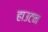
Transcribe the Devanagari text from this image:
हाउटन